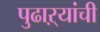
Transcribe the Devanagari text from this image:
पुढाऱ्यांची